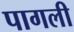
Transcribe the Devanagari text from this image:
पागली